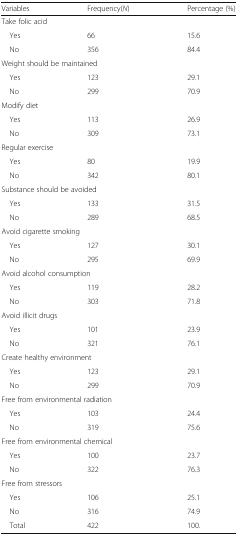
| Variables | Frequency(N) | Percentage (%) |
 | --- | --- | --- |
 | <COLSPAN=3> Take folic acid |
 | Yes | 66 | 15.6 |
 | No | 356 | 84.4 |
 | <COLSPAN=3> Weight should be maintained |
 | Yes | 123 | 29.1 |
 | No | 299 | 70.9 |
 | <COLSPAN=3> Modify diet |
 | Yes | 113 | 26.9 |
 | No | 309 | 73.1 |
 | <COLSPAN=3> Regular exercise |
 | Yes | 80 | 19.9 |
 | No | 342 | 80.1 |
 | <COLSPAN=3> Substance should be avoided |
 | Yes | 133 | 31.5 |
 | No | 289 | 68.5 |
 | <COLSPAN=3> Avoid cigarette smoking |
 | Yes | 127 | 30.1 |
 | No | 295 | 69.9 |
 | <COLSPAN=3> Avoid alcohol consumption |
 | Yes | 119 | 28.2 |
 | No | 303 | 71.8 |
 | <COLSPAN=3> Avoid illicit drugs |
 | Yes | 101 | 23.9 |
 | No | 321 | 76.1 |
 | <COLSPAN=3> Create healthy environment |
 | Yes | 123 | 29.1 |
 | No | 299 | 70.9 |
 | <COLSPAN=3> Free from environmental radiation |
 | Yes | 103 | 24.4 |
 | No | 319 | 75.6 |
 | <COLSPAN=3> Free from environmental chemical |
 | Yes | 100 | 23.7 |
 | No | 322 | 76.3 |
 | <COLSPAN=3> Free from stressors |
 | Yes | 106 | 25.1 |
 | No | 316 | 74.9 |
 | Total | 422 | 100. |